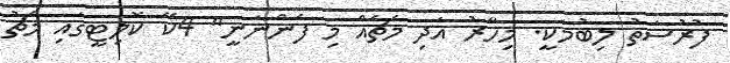
ފުރުސަތު ލިބުމަކީ. މިހާރު އަދި މެޗެއް މި ފެންނަނީ" 4ކޭ ކޮލިޓީގައި މެޗު